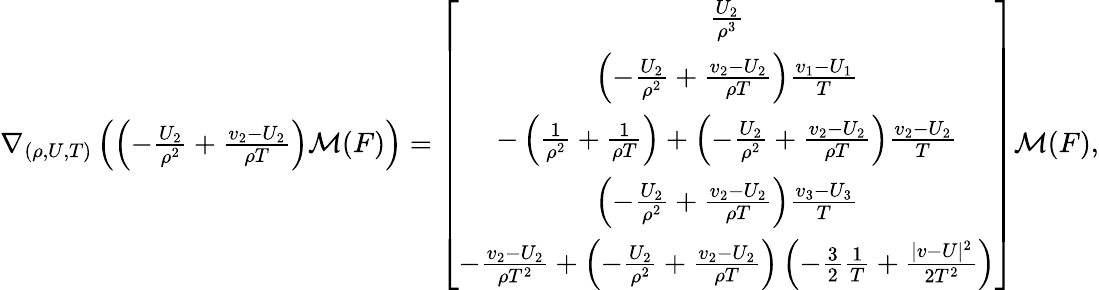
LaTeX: \begin{array}{r}{\nabla_{(\rho,U,T)}\left(\left(-\frac{U_{2}}{\rho^{2}}+\frac{v_{2}-U_{2}}{\rho T}\right)\mathcal{M}(F)\right)=\left[{\begin{array}{c}{\frac{U_{2}}{\rho^{3}}}\\ {\left(-\frac{U_{2}}{\rho^{2}}+\frac{v_{2}-U_{2}}{\rho T}\right)\frac{v_{1}-U_{1}}{T}}\\ {-\left(\frac{1}{\rho^{2}}+\frac{1}{\rho T}\right)+\left(-\frac{U_{2}}{\rho^{2}}+\frac{v_{2}-U_{2}}{\rho T}\right)\frac{v_{2}-U_{2}}{T}}\\ {\left(-\frac{U_{2}}{\rho^{2}}+\frac{v_{2}-U_{2}}{\rho T}\right)\frac{v_{3}-U_{3}}{T}}\\ {-\frac{v_{2}-U_{2}}{\rho T^{2}}+\left(-\frac{U_{2}}{\rho^{2}}+\frac{v_{2}-U_{2}}{\rho T}\right)\left(-\frac{3}{2}\frac{1}{T}+\frac{|v-U|^{2}}{2T^{2}}\right)}\end{array}}\right]\mathcal{M}(F),}\end{array}